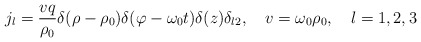
\begin{align*}j_{l}=\frac{vq}{\rho _{0}}\delta (\rho -\rho _{0})\delta (\varphi-\omega _{0}t)\delta (z)\delta _{l2},\quad v=\omega _{0}\rho_{0},\quad l=1,2,3 \end{align*}